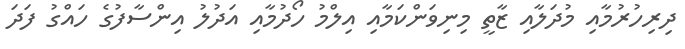
ދިރިހުރުމާއި މުދަލާއި ޒާތީ މިނިވަންކަމާއި އިލްމު ހޯދުމާއި އަދުލު އިންސާފުގެ ހައްގު ފަދަ